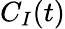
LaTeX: C_{I}(t)